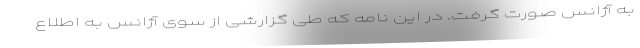
به آژانس صورت گرفت. در این نامه که طی گزارشی از سوی آژانس به اطلاع